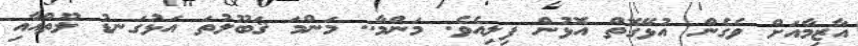
އާޒިމާއަށް ވެގެން އުޅޭގޮތް އޮޅުން ފިލިއެވެ. މަންމާ.. މަންމަ ޤަބޫލުތަ އަޅުގަނޑު ލޫތްއާއި